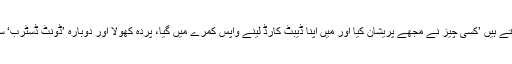
وہ مزید بتاتے ہیں ’کسی چیز نے مجھے پریشان کیا اور میں اپنا ڈیبٹ کارڈ لینے واپس کمرے میں گیا، پردہ کھولا اور دوبارہ ’ڈونٹ ڈسٹرب‘ سائن لگا دیا۔